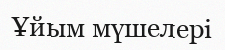
Ұйым мүшелері